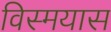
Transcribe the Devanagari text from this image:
विस्मयास